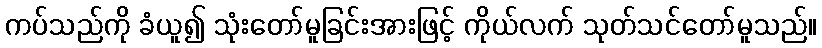
ကပ်သည်ကို ခံယူ၍ သုံးတော်မူခြင်းအားဖြင့် ကိုယ်လက် သုတ်သင်တော်မူသည်။